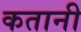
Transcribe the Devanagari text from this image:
कतानी